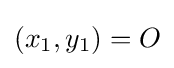
(x_{1},y_{1})=O